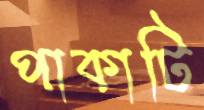
পাকাটি